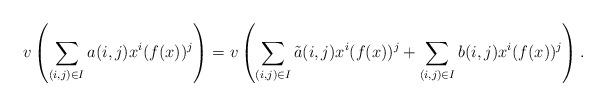
LaTeX: \begin{align*}v\left(\sum_{(i,j)\in I}a(i,j)x^i(f(x))^j\right)=v\left(\sum_{(i,j)\in I}\tilde{a}(i,j)x^i(f(x))^j + \sum_{(i,j)\in I}b(i,j)x^i(f(x))^j\right).\end{align*}